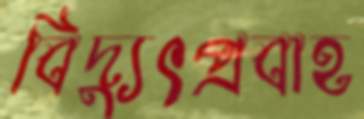
বিদ্যুৎপ্রবাহ